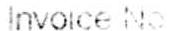
INVOICE NO